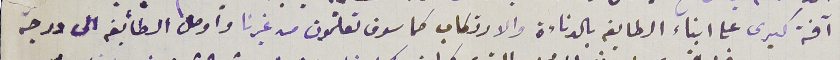
آفة كبرى على ابناء الطايفه بالدناءة والارتكاب كما سوف تعلمون من غيرنا وأوصل الطائفه الى درجة